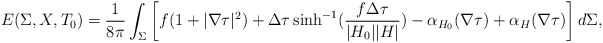
\begin{align*} E(\Sigma, X, T_0)=\frac{1}{8\pi}\int_\Sigma \left[f (1+|\nabla\tau|^2)+\Delta \tau \sinh^{-1}(\frac{f \Delta\tau}{|H_0| |H|})-\alpha_{H_0}(\nabla \tau)+\alpha_H(\nabla \tau)\right] d\Sigma, \end{align*}